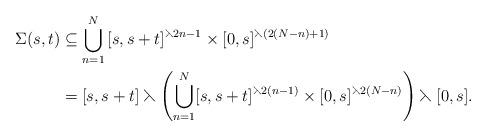
LaTeX: \begin{align*} \Sigma(s,t)&\subseteq\bigcup_{n=1}^N{[s,s+t]^{\leftthreetimes{2n-1}}\times [0,s]^{\leftthreetimes(2(N-n)+1)}}\\ &=[s,s+t]\leftthreetimes\left(\bigcup_{n=1}^N [s,s+t]^{\leftthreetimes2(n-1)}\times[0,s]^{\leftthreetimes2(N-n)}\right)\leftthreetimes[0,s]. \end{align*}